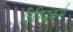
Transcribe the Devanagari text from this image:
निषिद्धकर्म